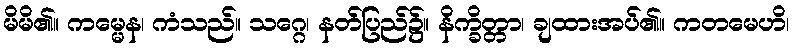
မိမိ၏။ ကမ္မေန၊ ကံသည်။ သဂ္ဂေ၊ နတ်ပြည်၌။ နိက္ခိတ္တာ၊ ချထားအပ်၏။ ကတမေဟိ၊